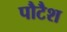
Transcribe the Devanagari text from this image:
पौटैश